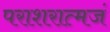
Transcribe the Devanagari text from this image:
पराशरात्मजं